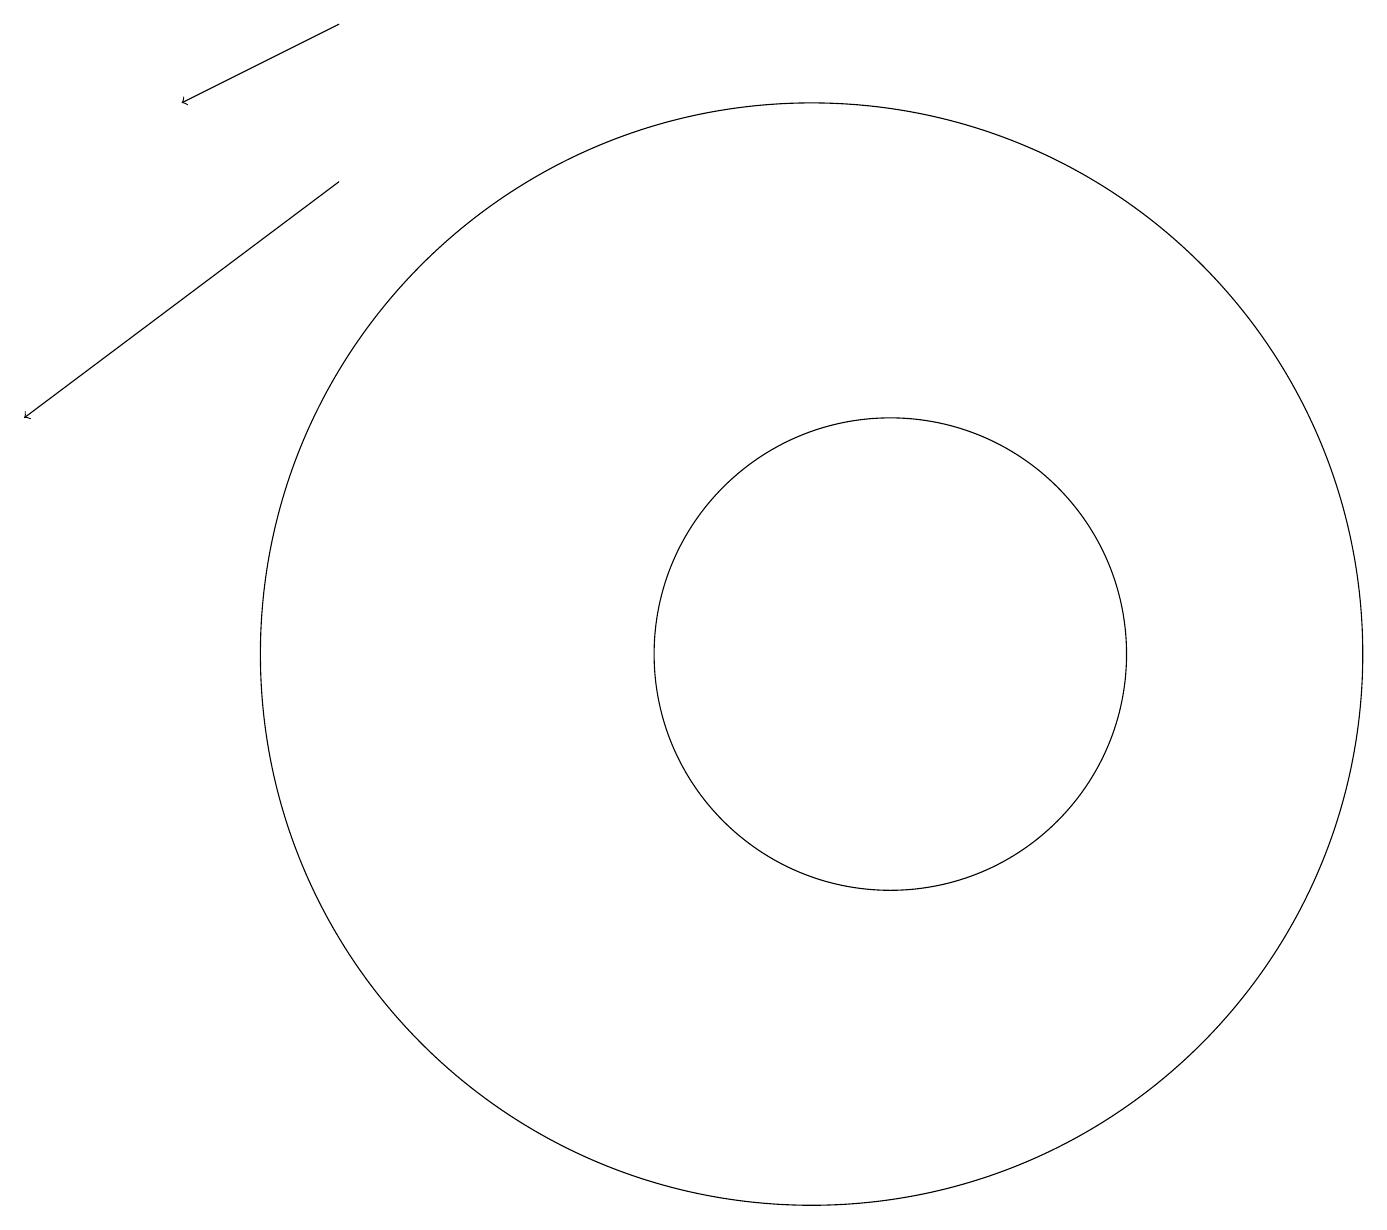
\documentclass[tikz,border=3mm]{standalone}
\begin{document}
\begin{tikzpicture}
\draw (10,11) circle (7);
\draw[->] (4,19) -- (2,18);
\draw (11,11) circle (3);
\draw[->] (4,17) -- (0,14);
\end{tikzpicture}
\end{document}